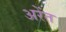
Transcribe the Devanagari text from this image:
अरेंत